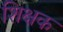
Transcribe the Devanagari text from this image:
शिक्षक